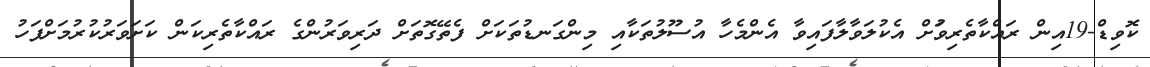
ކޮވިޑް-19އިން ރައްކާތެރިވުަށް އެކުލަވާލާފައިވާ އެންމެހާ އުސޫލުތަކާއި މިންގަނޑުތަަކަށް ފެތޭގޮތަށް ދަރިވަރުންގެ ރައްކާތެރިކަން ކަށަވަރުކުރުމަށްފަހު